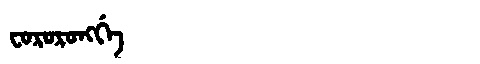
Manchu: ᠸᠣᡵᠣᡵᠣᠩᡤᡝ
Romanization: FORORONGGE